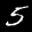
Label: 5